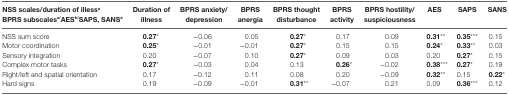
<table><thead><tr><td><b>NSS scales/duration of illess<sup>a</sup> BPRS subscales<sup>a/</sup>AES<sup>b/</sup>SAPS, SANS<sup>a</sup></b></td><td><b>Duration of illness</b></td><td><b>BPRS anxiety/depression</b></td><td><b>BPRS anergia</b></td><td><b>BPRS thought disturbance</b></td><td><b>BPRS activity</b></td><td><b>BPRS hostility/suspiciousness</b></td><td><b>AES</b></td><td><b>SAPS</b></td><td><b>SANS</b></td></tr></thead><tbody><tr><td>NSS sum score</td><td><b>0.27</b>*</td><td>−0.06</td><td>0.05</td><td><b>0.27</b>*</td><td>0.17</td><td>0.09</td><td><b>0.31</b>**</td><td><b>0.35</b>***</td><td>0.15</td></tr><tr><td>Motor coordination</td><td><b>0.25</b>*</td><td>−0.01</td><td>−0.01</td><td><b>0.27</b>*</td><td>0.15</td><td>0.15</td><td><b>0.24</b>*</td><td><b>0.33</b>**</td><td>0.03</td></tr><tr><td>Sensory integration</td><td>0.20</td><td>−0.07</td><td>0.10</td><td><b>0.27</b>*</td><td>0.09</td><td>0.03</td><td>0.20</td><td><b>0.27</b>*</td><td>0.15</td></tr><tr><td>Complex motor tasks</td><td><b>0.27</b>*</td><td>−0.03</td><td>0.04</td><td>0.13</td><td><b>0.26</b>*</td><td>−0.02</td><td><b>0.38</b>***</td><td><b>0.27</b>*</td><td>0.19</td></tr><tr><td>Right/left and spatial orientation</td><td>0.17</td><td>−0.12</td><td>0.11</td><td>0.08</td><td>0.20</td><td>−0.09</td><td><b>0.32</b>**</td><td>0.15</td><td><b>0.22</b>*</td></tr><tr><td>Hard signs</td><td>0.19</td><td>−0.09</td><td>−0.01</td><td><b>0.31</b>**</td><td>−0.07</td><td>0.21</td><td>0.09</td><td><b>0.36</b>***</td><td>0.12</td></tr></tbody></table>